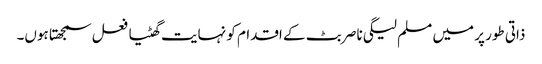
ذاتی طور پر میں مسلم لیگی ناصر بٹ کے اقدام کو نہایت گھٹیا فعل سمجھتا ہوں۔